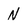
Character: N